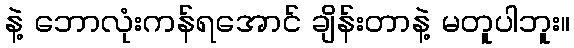
နဲ့ ဘောလုံးကန်ရအောင် ချိန်းတာနဲ့ မတူပါဘူး။